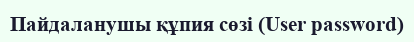
Пайдаланушы құпия сөзі (User password)